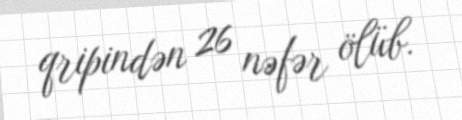
qripindən 26 nəfər ölüb.